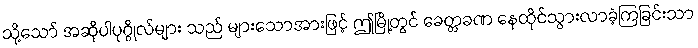
သို့သော် အဆိုပါပုဂ္ဂိုလ်များ သည် များသောအားဖြင့် ဤမြို့တွင် ခေတ္တခဏ နေထိုင်သွားလာခဲ့ကြခြင်းသာ